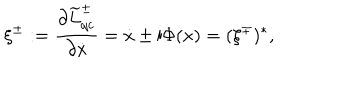
\xi ^ { \pm } : = \frac { \partial \widetilde { L } _ { \mathrm { q c } } ^ { \pm } } { \partial \dot { x } } = \dot { x } \pm \mathrm { i } \Phi ( x ) = ( \xi ^ { \mp } ) ^ { * } ,